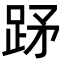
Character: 䟥